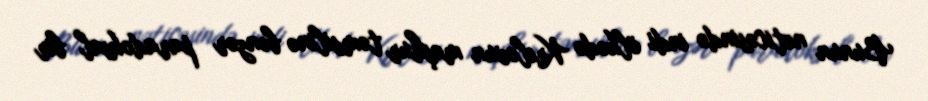
Bunun nəticəsində indi ölkədə Krılovun məşhur təmsilinə bənzər paradoksal bir